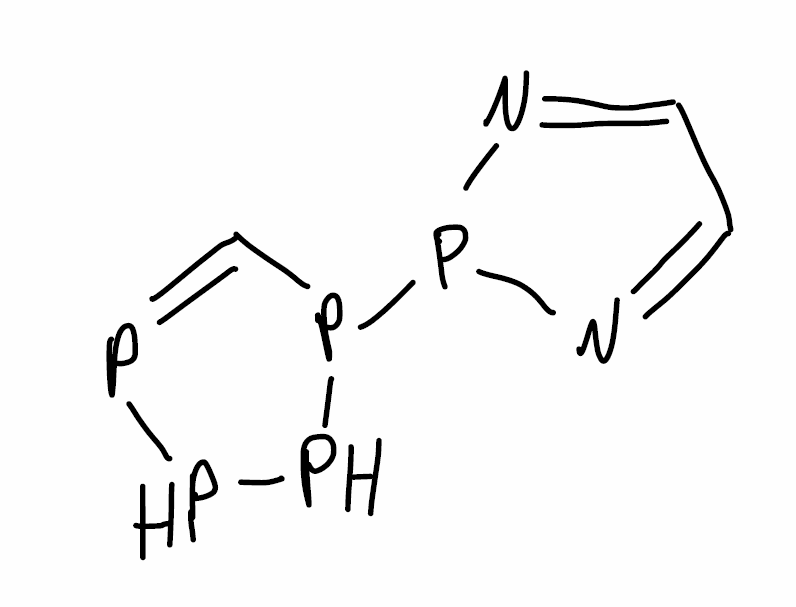
Simplified molecular-input line-entry system (SMILES) notation of the given molecule:
C1=NP(N=C1)P2C=PPP2